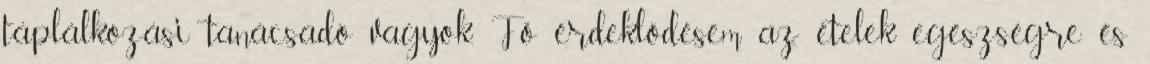
táplálkozási tanácsadó vagyok. Fő érdeklődésem az ételek egészségre és